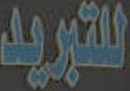
للتبريد